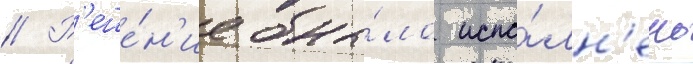
// Р'еше́н'ие бы́ло испо́лн'ено